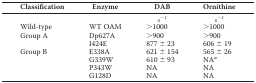
| Classification | Enzyme | DAB | Ornithine |
 | --- | --- | --- | --- |
 |  |  | s−1 | s−1 |
 | Wild-type | WT OAM | >1000 | >1000 |
 | <ROWSPAN=2> Group A | Dp627A | >900 | >900 |
 | I424E | 877 ± 23 | 606 ± 19 |
 | <ROWSPAN=4> Group B | E338A | 621 ± 154 | 565 ± 26 |
 | G339W | 610 ± 93 | NAa |
 | P343W | NA | NA |
 | G128D | NA | NA |